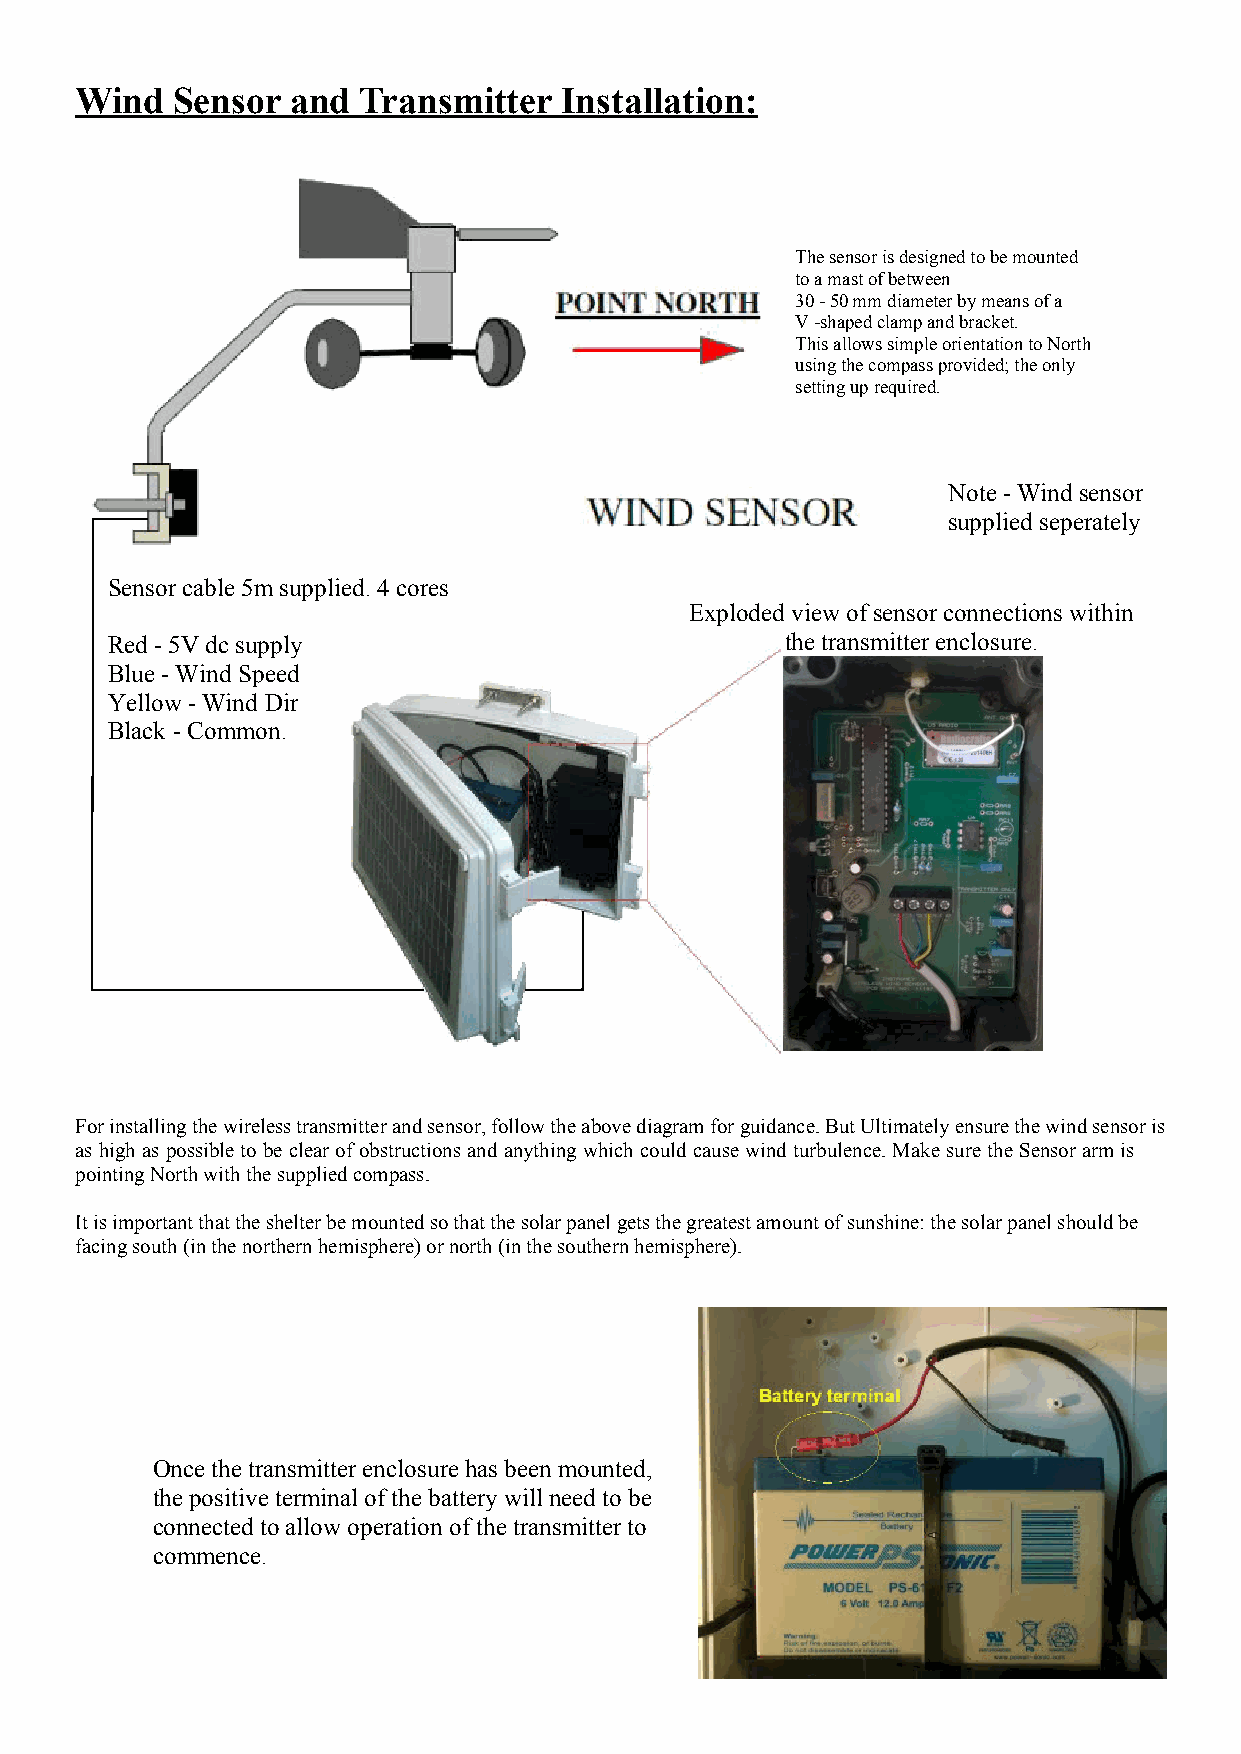
Wind  Sensor  and  Transmitter  Installation:
 The sensor is designed to be mounted
 to a mast of between
 30 - 50 mm diameter by means of a
 V -shaped clamp and bracket.
 This allows simple orientation to North
 using the compass provided; the only
 setting up required.
 Note - Wind sensor
 supplied seperately
 Sensor cable 5m supplied. 4 cores
 Exploded view of sensor connections within
 Red - 5V dc supply                           the transmitter enclosure.
 Blue - Wind Speed
 Yellow - Wind Dir
 Black - Common.
 For installing the wireless transmitter and sensor, follow the above diagram for guidance. But Ultimately ensure the wind sensor is
 as high as possible to be clear of obstructions and anything which could cause wind turbulence. Make sure the Sensor arm is
 pointing North with the supplied compass.
 It is important that the shelter be mounted so that the solar panel gets the greatest amount of sunshine: the solar panel should be
 facing south (in the northern hemisphere) or north (in the southern hemisphere).
 Once the transmitter enclosure has been mounted,
 the positive terminal of the battery will need to be
 connected to allow operation of the transmitter to
 commence.